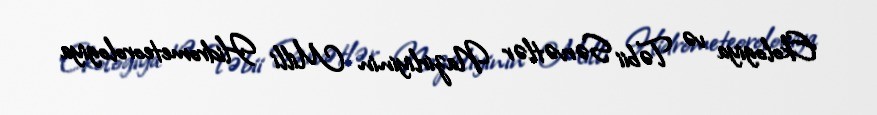
Ekologiya və Təbii Sərvətlər Nazirliyinin Milli Hidrometeorologiya